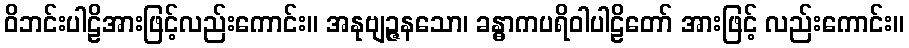
ဝိဘင်းပါဠိအားဖြင့်လည်းကောင်း။ အနုဗျဉ္ဇနသော၊ ခန္ဓာကပရိဝါပါဠိတော် အားဖြင့် လည်းကောင်း။